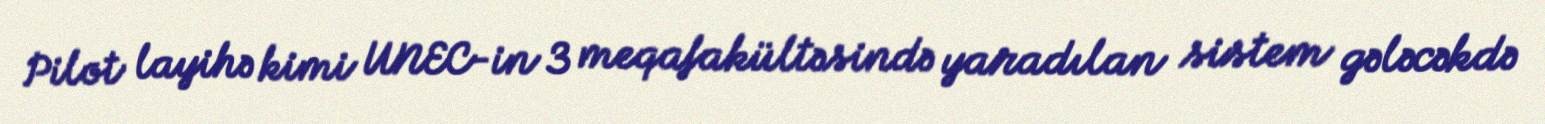
Pilot layihə kimi UNEC-in 3 meqafakültəsində yaradılan sistem gələcəkdə